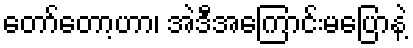
တော်တော့ဟာ၊ အဲဒီအကြောင်းမပြောနဲ့